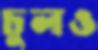
চুলও